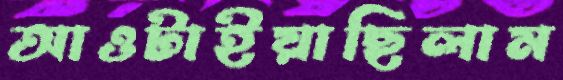
আওটাইয়াছিলাম